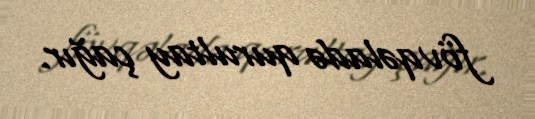
fövqəladə qurultay çağır.